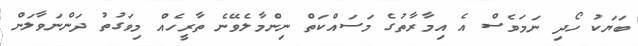
ބަޔަކު ހޯދި ނަމަވެސް އެ އިމާރާތުގެ މަސައްކަތް ނިންމާލެވޭނެ ތާރީހެއް މިވަގުތު ދަންނަވާލަން